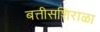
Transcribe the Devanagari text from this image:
बत्तीसशिराळा